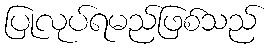
ပြုလုပ်ရမည်ဖြစ်သည်